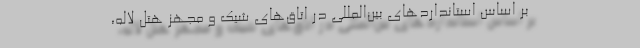
بر اساس استانداردهای بین‌المللی در اتاق‌های شیک و مجهز هتل لاله،